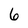
Character: 6